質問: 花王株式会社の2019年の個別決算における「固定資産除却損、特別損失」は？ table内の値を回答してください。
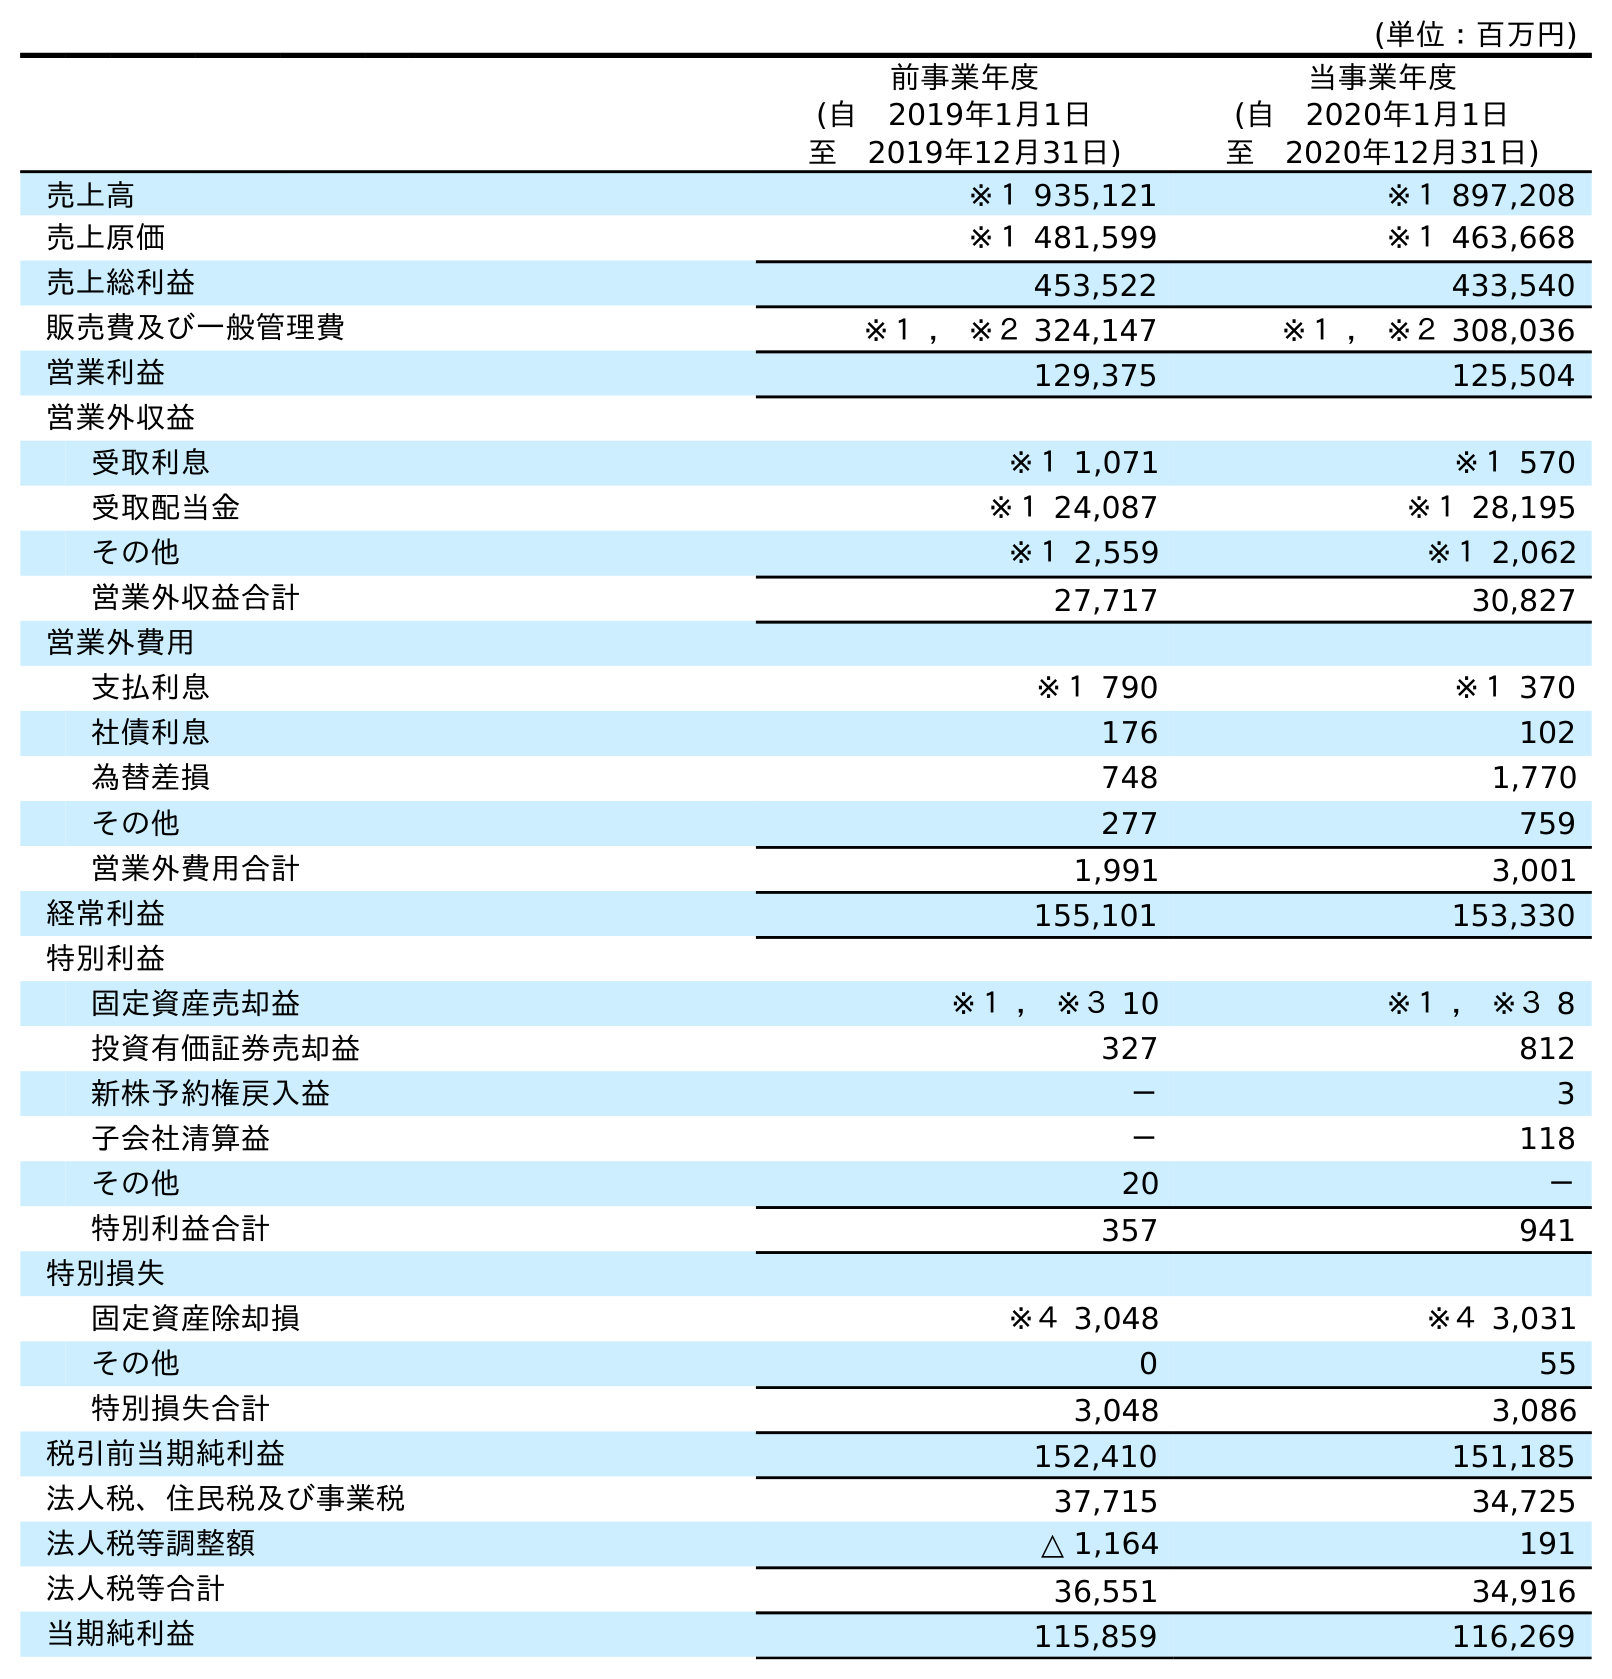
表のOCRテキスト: (単位：百万円) 前事業年度 (自 2019年1月1日 至 2019年12月31日) 当事業年度 (自 2020年1月1日 至 2020年12月31日) 売上高 ※１ 935,121 ※１ 897,208 売上原価 ※１ 481,599 ※１ 463,668 売上総利益 453,522 433,540 販売費及び一般管理費 ※１ ， ※２ 324,147 ※１ ， ※２ 308,036 営業利益 129,375 125,504 営業外収益 受取利息 ※１ 1,071 ※１ 570 受取配当金 ※１ 24,087 ※１ 28,195 その他 ※１ 2,559 ※１ 2,062 営業外収益合計 27,717 30,827 営業外費用 支払利息 ※１ 790 ※１ 370 社債利息 176 102 為替差損 748 1,770 その他 277 759 営業外費用合計 1,991 3,001 経常利益 155,101 153,330 特別利益 固定資産売却益 ※１ ， ※３ 10 ※１ ， ※３ 8 投資有価証券売却益 327 812 新株予約権戻入益 － 3 子会社清算益 － 118 その他 20 － 特別利益合計 357 941 特別損失 固定資産除却損 ※４ 3,048 ※４ 3,031 その他 0 55 特別損失合計 3,048 3,086 税引前当期純利益 152,410 151,185 法人税、住民税及び事業税 37,715 34,725 法人税等調整額 △ 1,164 191 法人税等合計 36,551 34,916 当期純利益 115,859 116,269
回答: ※４3,048